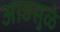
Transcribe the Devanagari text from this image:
आडसुळे